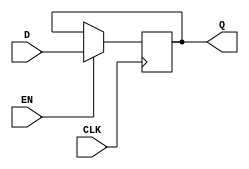
module d_latch (
    input D,
    input CLK,
    input EN,
    output reg Q
);

always @(posedge CLK) begin
    if (EN == 1) begin
        Q <= D;
    end
end

endmodule